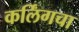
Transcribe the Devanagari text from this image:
कर्लिंगचा